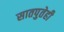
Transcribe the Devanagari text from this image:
सातपुतेही